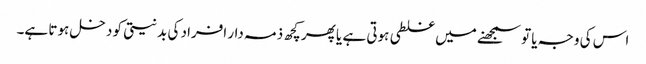
اس کی وجہ یا تو سمجھنے میں غلطی ہوتی ہے یا پھر کچھ ذمہ دار افراد کی بدنیتی کو دخل ہوتا ہے۔